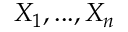
X _ { 1 } , . . . , X _ { n }